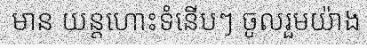
មាន យន្តហោះទំនើបៗ ចូលរួមយ៉ាង